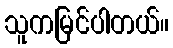
သူကမြင်ပါတယ်။